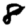
Digit: 8